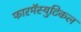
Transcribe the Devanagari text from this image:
फारमॅस्युटिकल